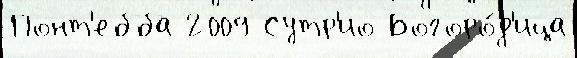
Понт'ебба 2009 Сутр'ио Богоро́д'ица